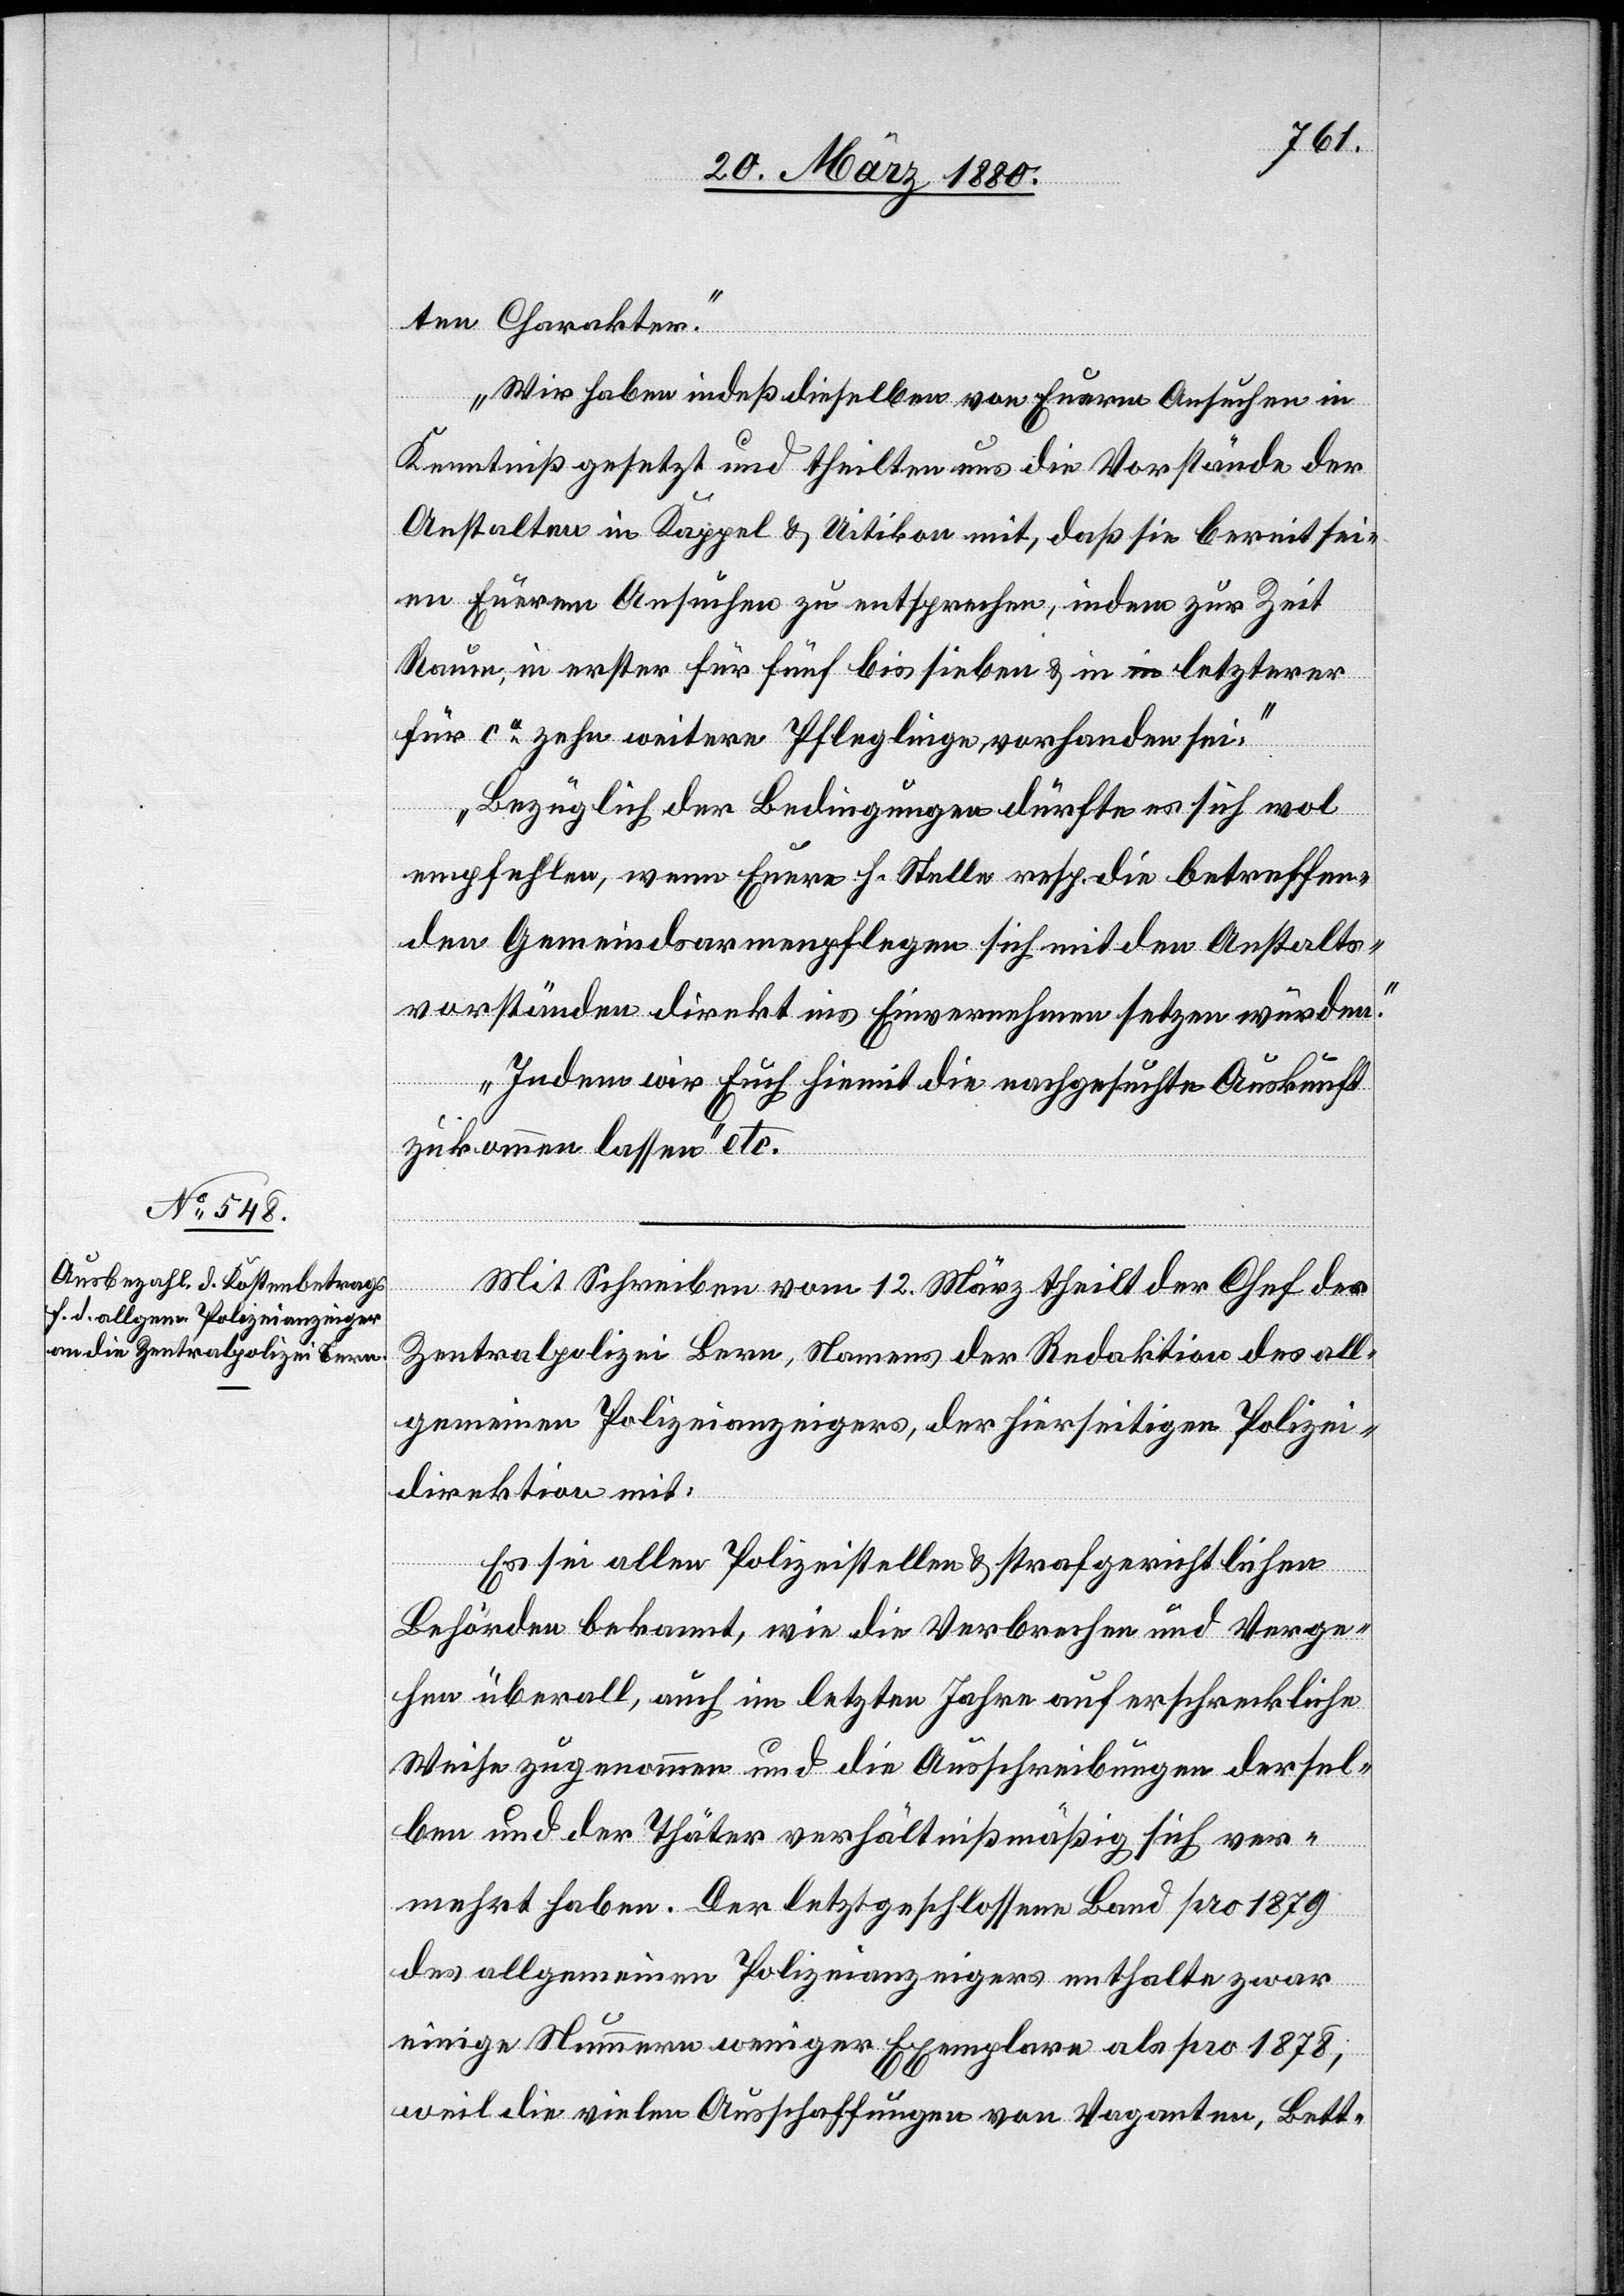
ten Charakter.
Wir haben indeß dieselben von Eurem Ansuchen in
Kenntniß gesetzt und theilten uns die Vorstände der
Anstalten in Kappel & Uitikon mit, daß sie bereit sei¬
en Eurem Ansuchen zu entsprechen, indem zur Zeit
Raum, in erster für fünf bis sieben & in letzterer
für ca zehn weitere Pfleglinge vorhanden sei.
Bezüglich der Bedingungen dürfte es sich wol
empfehlen, wenn Eure h. Stelle resp. die betreffen¬
den Gemeindsarmenpflegen sich mit den Anstalts¬
vorständen direkt ins Einvernehmen setzen würde.
Indem wir Euch hiemit die nachgesuchte Auskunft
zukommen lassen“ etc.
Mit Schreiben vom 12. März theilt der Chef der
Zentralpolizei Bern, Namens der Redaktion des all¬
gemeinen Polizeianzeigers, der hierseitigen Polizei¬
direktion mit:
Es sei allen Polizeistellen & strafgerichtlichen
Behörden bekannt, wie die Verbrechen und Verge¬
hen überall, auch im letzten Jahre auf erschreckliche
Weise zugenommen und die Ausschreibungen dersel¬
ben und der Thäter verhältnißmäßig sich ver¬
mehrt haben. Der letztgeschlossene Band pro 1879
des allgemeinen Polizeianzeigers enthalte zwar
einige Nummern weniger Exemplare als pro 1878,
weil die vielen Ausschaffungen von Vaganten, Bett-